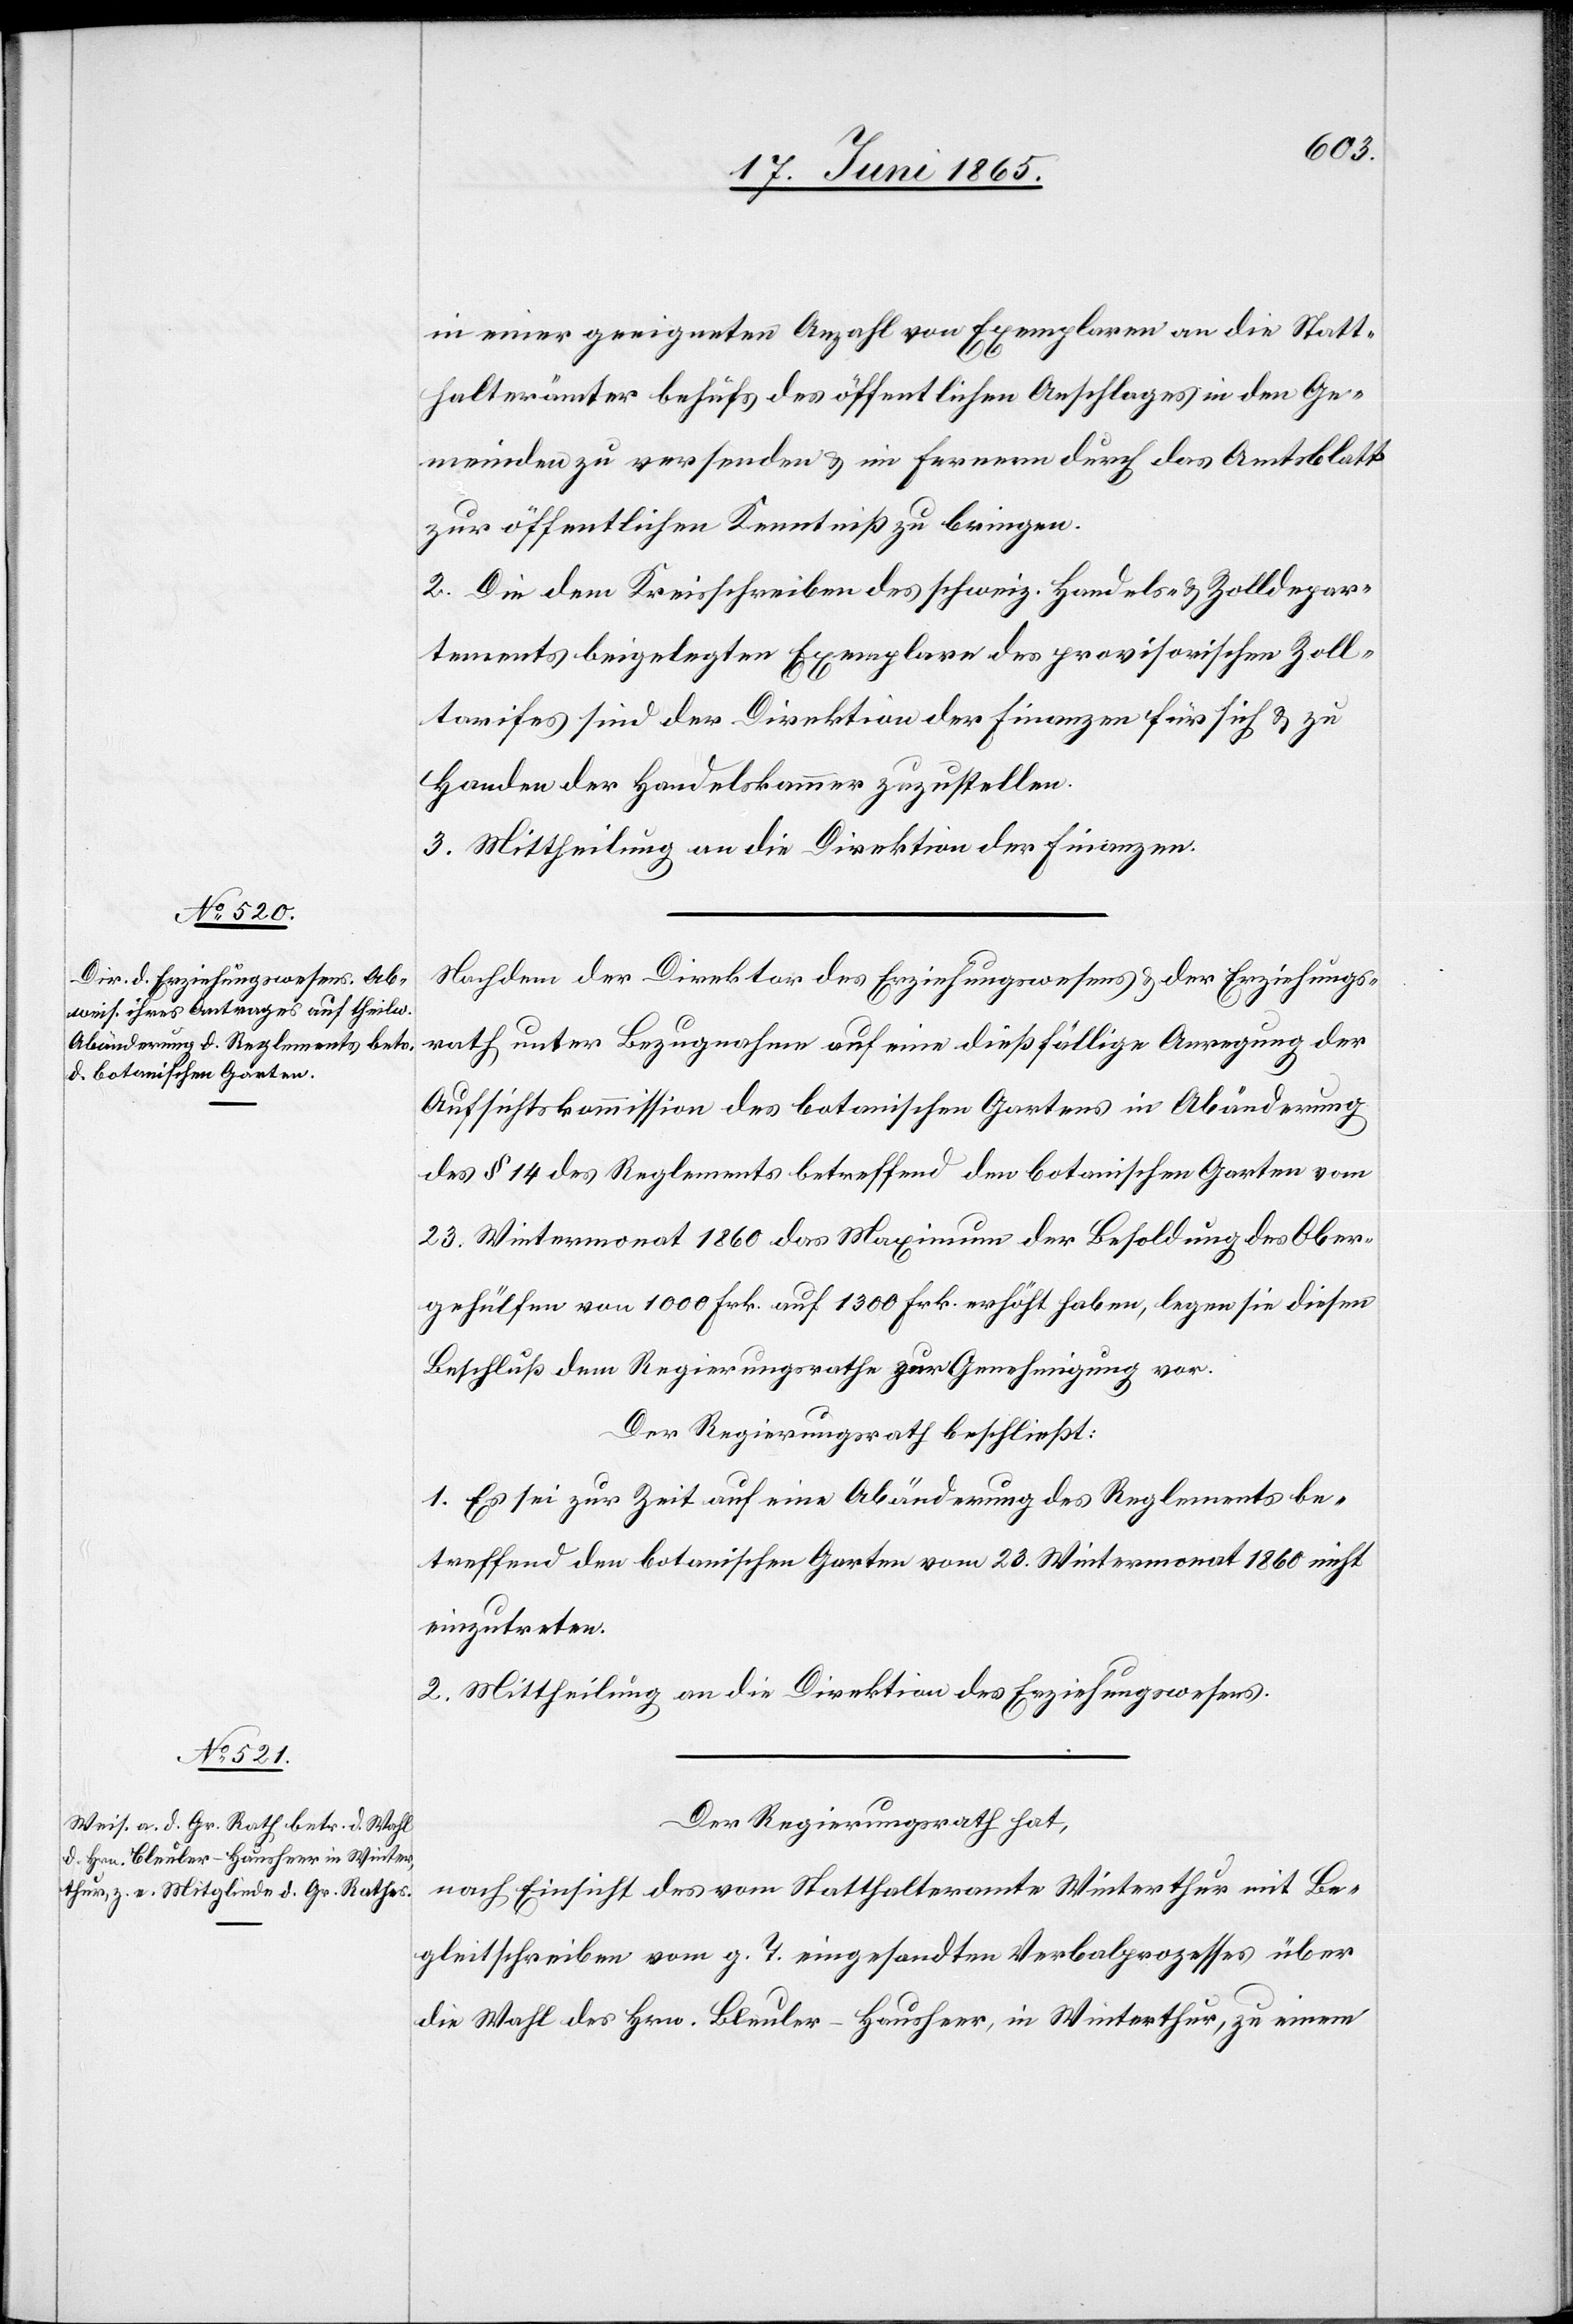
in einer geeigneten Anzahl von Exemplaren an die Statt¬
halterämter behufs des öffentlichen Anschlages in den Ge¬
meinden zu versenden & im Fernern durch das Amtsblatt
zur öffentlichen Kenntniß zu bringen.
2. Die dem Kreisschreiben des schweiz. Handels- & Zolldepar¬
tements beigelegten Exemplare des provisorischen Zoll¬
tarifes sind der Direktion der Finanzen für sich & zu
Handen der Handelskammer zuzustellen.
3. Mittheilung an die Direktion der Finanzen.
Nachdem der Direktor des Erziehungswesens & der Erziehungs¬
rath unter Bezugnahme auf eine dießfällige Anregung der
Aufsichtskommission des botanischen Gartens in Abänderung
des § 14 des Reglements betreffend den botanischen Garten vom
23. Wintermonat 1860 das Maximum der Besoldung des Ober¬
gehülfen von 1000 Frk. auf 1300 Frk. erhöht haben, legen sie diesen
Beschluß dem Regierungsrathe zur Genehmigung vor.
Der Regierungsrath beschließt:
1. Es sei zur Zeit auf eine Abänderung des Reglements be¬
treffend den botanischen Garten vom 23. Wintermonat 1860 nicht
einzutreten.
2. Mittheilung an die Direktion des Erziehungswesens.
Der Regierungsrath hat,
nach Einsicht des vom Statthalteramte Winterthur mit Be¬
gleitschreiben vom g. T. eingesandten Verbalprozesses über
die Wahl des Hrn. Bleuler-Hausheer, in Winterthur, zu einem